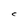
Character: C